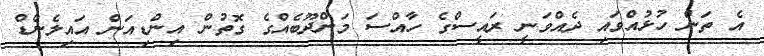
އެ ތަން ހުޅުއްވައި ދެއްވަނީ ރައީސްގެ ހާއްސަ މަންދޫބެއްގެ ގޮތުން އިންޑިއަން އައިލެންޑް